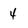
Character: 4